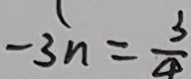
- 3 n = \frac { 3 } { 4 }